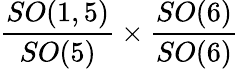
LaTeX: {\frac{SO(1,5)}{SO(5)}}\times{\frac{SO(6)}{SO(6)}}